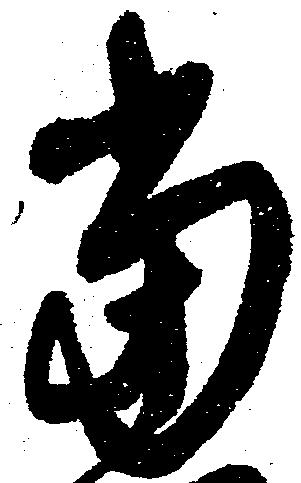
当